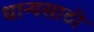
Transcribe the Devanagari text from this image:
धान्यसाठी